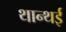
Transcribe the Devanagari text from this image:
थान्थई